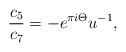
LaTeX: \begin{align*} \frac{c_5}{c_7}=-{e}^{\pi i\Theta}u^{-1},\end{align*}